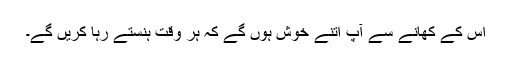
اس کے کھانے سے آپ اتنے خوش ہوں گے کہ ہر وقت ہنستے رہا کریں گے۔